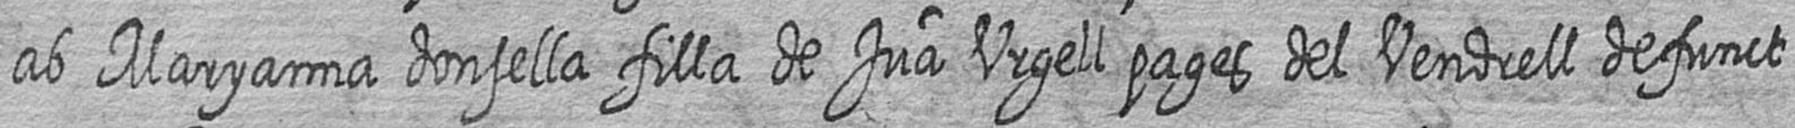
ab Maryanna donsella filla de Jua Urgell pages del Vendrell defunct